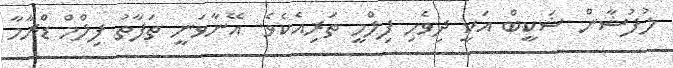
ލުފުޝާން ޝަކީބް އަކީ ދިވެހި ފިލްމީ ތަރިއެކެވެ. އޭނާވަނީ ތަފާތު ފިލްމް ޑްރާމާ